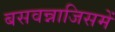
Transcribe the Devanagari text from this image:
बसवन्नाजिसमें